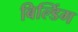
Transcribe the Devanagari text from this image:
बिल्‍डिंग